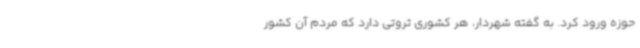
حوزه ورود کرد. به گفته شهردار، هر کشوری ثروتی دارد که مردم آن کشور